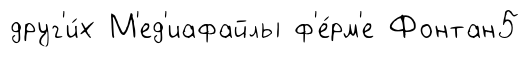
друг'и́х М'ед'иафайлы ф'е́рм'е Фонтан5